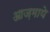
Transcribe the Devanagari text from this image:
आज़माये